Annual statistical returns and brief notes on vaccination in Bengal - 1909-1929
Year: 1909
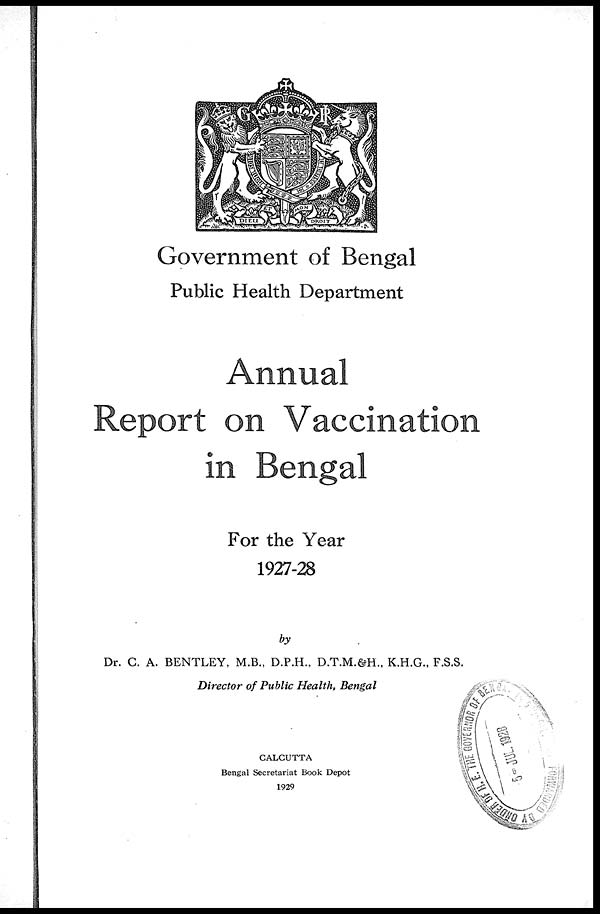
Government of Bengal
Public Health Department
Annual
Report on Vaccination
in Bengal
For the Year
1927-28
by
Dr. C. A. BENTLEY, M.B., D.P.H., D.T.M.&H., K.H.G., F.S.S.
Director of Public Health, Bengal
CALCUTTA
Bengal Secretariat Book Depot
1929